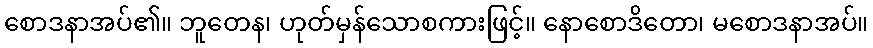
စောဒနာအပ်၏။ ဘူတေန၊ ဟုတ်မှန်သောစကားဖြင့်။ နောစောဒိတော၊ မစောဒနာအပ်။